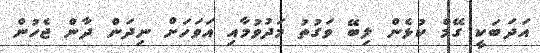
އަދަބަކީ ގޭމް ކުޅެން ލިބޭ ވަގުތު މަދުވުމާއި އަވަހަށް ނިދަން ދާން ޖެހުން